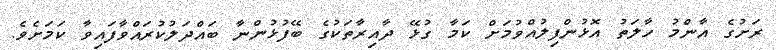
ރަށުގެ އާންމު ހާލަތު އޮޅުންފިލުއްވުމަށް ކަމާ ގުޅޭ ދާއިރާތަކުގެ ބޭފުޅުންނާ ބައްދަލުކުރައްވާފައިވާ ކަމަށެވެ.